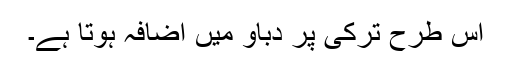
اس طرح ترکی پر دباؤ میں اضافہ ہوتا ہے۔